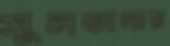
সুলতানায়